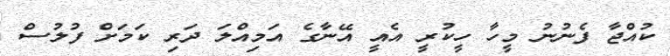
ކުއްޖާ ފެނުނު މީހާ ހީކުރީ އެއީ އޭނާގެ އަމިއްލަ ދަރި ކަމަށް ފުލުސް